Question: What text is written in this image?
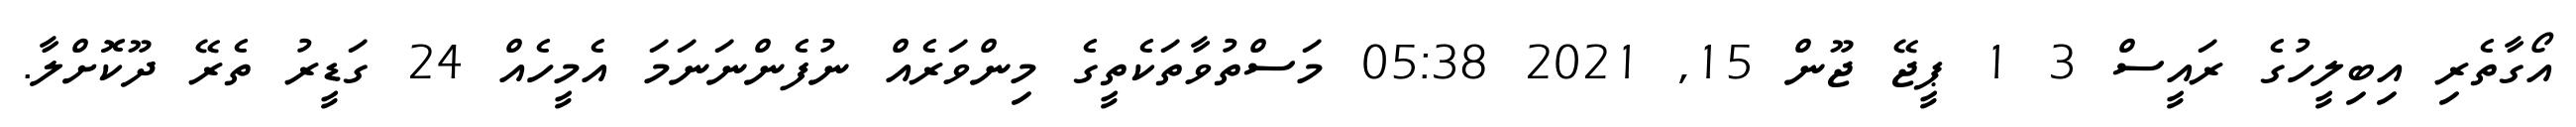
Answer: އޯގާތެރި އިބިލީހުގެ ރައީސް 3 1 ޕީޖޭ ޖޫން 15, 2021 05:38 މަސްތުވާތަކެތީގެ މިންވަރެއް ނުފެންނަނަމަ އެމީހެއް 24 ގަޑީރު ތެރޭ ދޫކޮށްލާ.